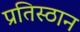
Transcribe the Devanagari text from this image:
प्रतिस्ठान